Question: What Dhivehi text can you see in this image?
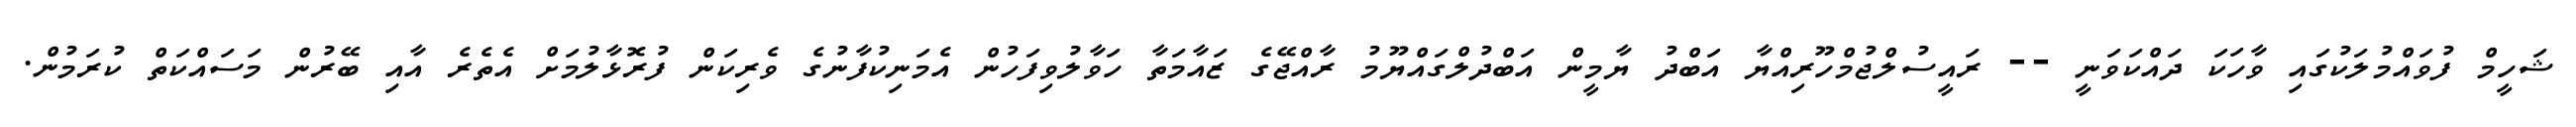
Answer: ޝަހީމް ފުވައްމުލަކުގައި ވާހަކަ ދައްކަވަނީ -- ރައީސުލްޖުމްހޫރިއްޔާ އަބްދު ޔާމީން އަބްދުލްގައްޔޫމު ރާއްޖޭގެ ޒައާމަތާ ހަވާލުވިފަހުން އެމަނިކުފާނުގެ ވެރިކަން ފުރޮޅާލުމަށް އެތެރެ އާއި ބޭރުން މަސައްކަތް ކުރަމުން.